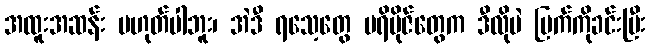
အထူးအဆန်း မဟုတ်ပါဘူး၊ အဲဒီ ရသေ့တွေ ပရိဗိုဇ်တွေက ဒီလိုပဲ မြက်ကိုခင်းပြီး